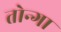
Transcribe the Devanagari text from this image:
तोन्गा